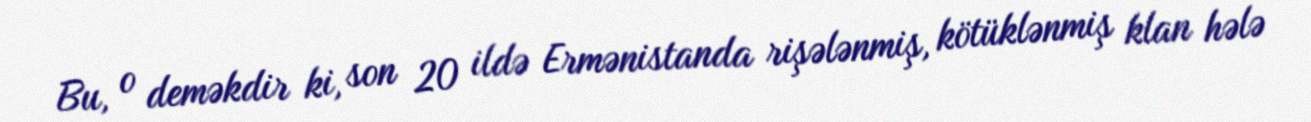
Bu, o deməkdir ki, son 20 ildə Ermənistanda rişələnmiş, kötüklənmiş klan hələ